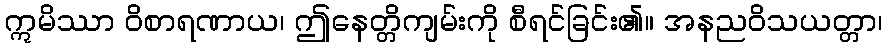
ဣမိဿာ ဝိစာရဏာယ၊ ဤနေတ္တိကျမ်းကို စီရင်ခြင်း၏။ အနညဝိသယတ္တာ၊